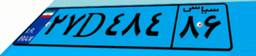
۰۸D۹۶۶۹۳